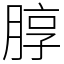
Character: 朜